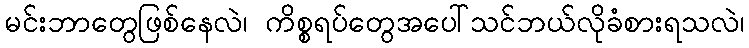
မင်းဘာတွေဖြစ်နေလဲ၊ ကိစ္စရပ်တွေအပေါ်သင်ဘယ်လိုခံစားရသလဲ၊